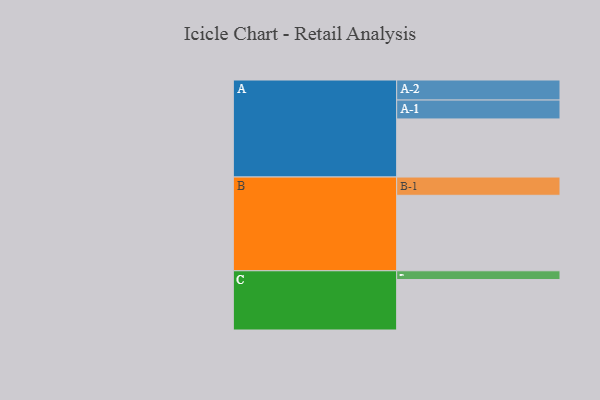
{"axis": {"x": "Segment", "y": "Value"}, "legend": ["", "A", "B", "C"], "data": [{"x": "A", "y": 458, "type": ""}, {"x": "B", "y": 595, "type": ""}, {"x": "C", "y": 398, "type": ""}, {"x": "A-1", "y": 149, "type": "A"}, {"x": "A-2", "y": 158, "type": "A"}, {"x": "B-1", "y": 144, "type": "B"}, {"x": "C-1", "y": 69, "type": "C"}]}